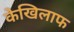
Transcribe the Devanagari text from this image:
केखिलाफ